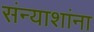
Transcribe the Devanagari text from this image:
संन्याशांना